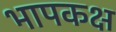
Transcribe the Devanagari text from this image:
भापकक्ष